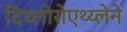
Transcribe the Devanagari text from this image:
दिच्लोरोएथ्य्लेने